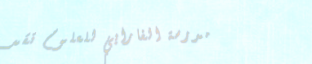
مدرسة الفارابي للعلوم تقد